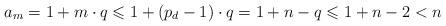
LaTeX: \begin{align*} a_{m} = 1 + m \cdot q \leqslant 1 + (p_{d} - 1) \cdot q = 1 + n - q \leqslant 1 + n - 2 < n \end{align*}